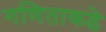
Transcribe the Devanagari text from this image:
गणिताकडे